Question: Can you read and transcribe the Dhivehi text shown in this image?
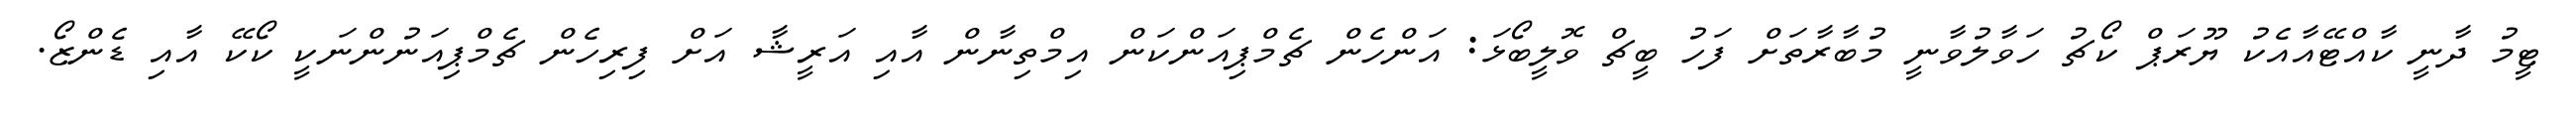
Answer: ޓީމު ދާނީ ކާއްޓޭއާއެކު ޔޫރަޕް ކޯޗު ހަވާލުވާނީ މުބާރާތަށް ފަހު ބީޗް ވޮލީބޯޅަ: އަންހެން ޗެމްޕިއަންކަން އިމްތިނާން އާއި އަރީޝާ އަށް ފިރިހެން ޗެމްޕިއަނުންނަކީ ކޯކޭ އާއި ޑެންޒޯ.